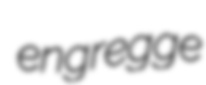
engregge